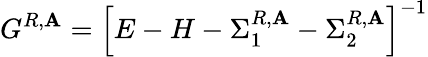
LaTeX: G^{R,\mathbf{A}}=\left[E-H-\Sigma_{1}^{R,\mathbf{A}}-\Sigma_{2}^{R,\mathbf{A}}\right]^{-1}